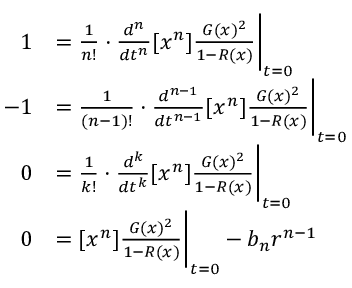
\begin{array} { r l } { 1 } & { = \frac { 1 } { n ! } \cdot \frac { d ^ { n } } { d t ^ { n } } [ x ^ { n } ] \frac { G ( x ) ^ { 2 } } { 1 - R ( x ) } \Bigg | _ { t = 0 } } \\ { - 1 } & { = \frac { 1 } { ( n - 1 ) ! } \cdot \frac { d ^ { n - 1 } } { d t ^ { n - 1 } } [ x ^ { n } ] \frac { G ( x ) ^ { 2 } } { 1 - R ( x ) } \Bigg | _ { t = 0 } } \\ { 0 } & { = \frac { 1 } { k ! } \cdot \frac { d ^ { k } } { d t ^ { k } } [ x ^ { n } ] \frac { G ( x ) ^ { 2 } } { 1 - R ( x ) } \Bigg | _ { t = 0 } } \\ { 0 } & { = [ x ^ { n } ] \frac { G ( x ) ^ { 2 } } { 1 - R ( x ) } \Bigg | _ { t = 0 } - b _ { n } r ^ { n - 1 } } \end{array}